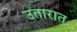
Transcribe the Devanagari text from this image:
उतारात